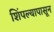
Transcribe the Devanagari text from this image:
शिंपल्यापासून